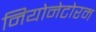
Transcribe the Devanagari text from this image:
नियोनेटोरम